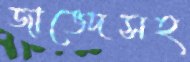
জাভেদসহ